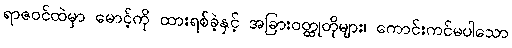
ရာဇဝင်ထဲမှာ မောင့်ကို ထားရစ်ခဲ့နှင့် အခြားဝတ္ထုတိုများ၊ ကောင်းကင်မပါသော